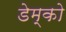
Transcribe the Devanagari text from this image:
डेम्को